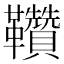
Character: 𩎈